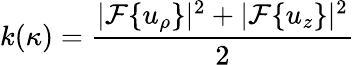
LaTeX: k(\kappa)=\frac{|\mathcal{F}\{ u_{\rho}\} |^{2}+|\mathcal{F}\{ u_{z}\} |^{2}}{2}